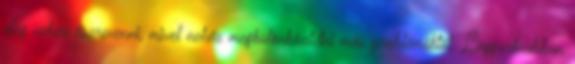
elég nehéz észrevenni, mivel nehéz megkülönböztetni más problémáktól. Leggyakrabban